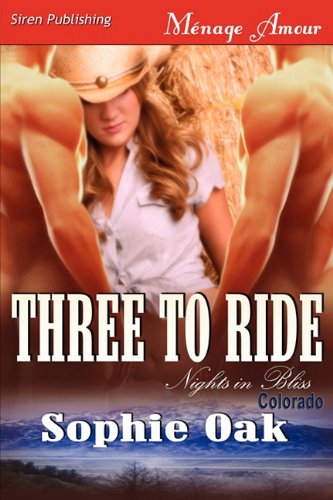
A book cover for Three to Ride [Nights in Bliss, Colorado 1] (Siren Publishing Menage Amour) (Nights in Bliss, Colorado, Menage Amour); Sophie Oak; Romance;